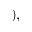
) ,